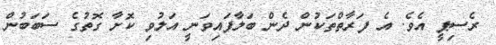
ރެސިޕީ އެވެ. އެ ފަރާތްތަކުން ދެން ބަލާފައިވަނީ އަލުވި ކޮށާ ގޮތުގެ ސަބަބުން